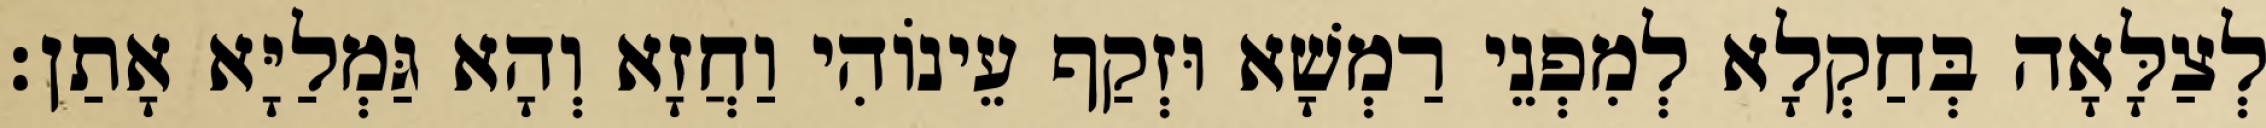
לְצַלָּאָה בְּחַקְלָא לְמִפְנֵי רַמְשָׁא וּזְקַף עֵינוֹהִי וַחֲזָא וְהָא גַּמְלַיָּא אָתַן׃